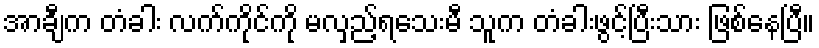
အာချီက တံခါး လက်ကိုင်ကို မလှည့်ရသေးမီ သူက တံခါးဖွင့်ပြီးသား ဖြစ်နေပြီ။